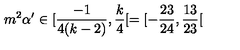
m ^ { 2 } \alpha ^ { \prime } \in [ \frac { - 1 } { 4 ( k - 2 ) } , \frac { k } { 4 } [ = [ - \frac { 2 3 } { 2 4 } , \frac { 1 3 } { 2 3 } [